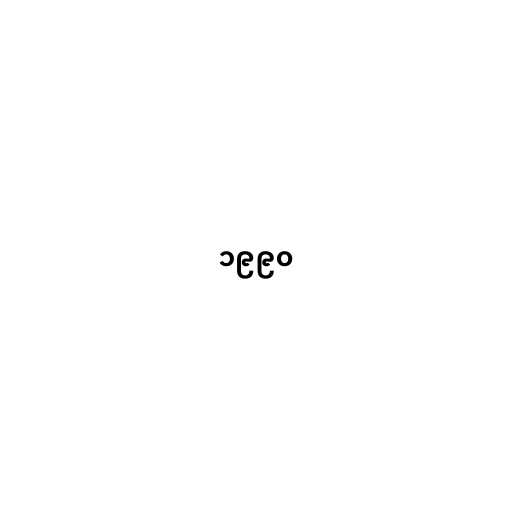
၁၉၉၀